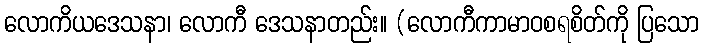
လောကိယဒေသနာ၊ လောကီ ဒေသနာတည်း။ (လောကီကာမာဝစရစိတ်ကို ပြသော